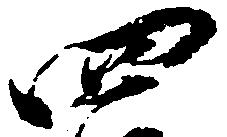
四